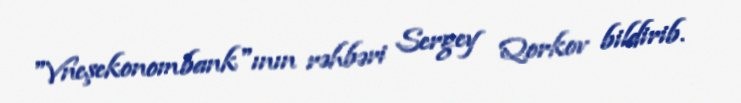
"Vneşekonombank"ının rəhbəri Sergey Qorkov bildirib.